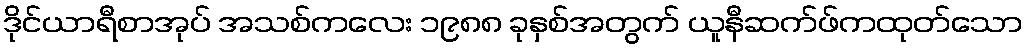
ဒိုင်ယာရီစာအုပ် အသစ်ကလေး ၁၉၈၈ ခုနှစ်အတွက် ယူနီဆက်ဖ်ကထုတ်သော